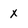
Character: x